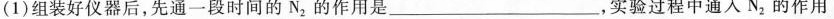
(1)组装好仪器后，先通一段时间的N_{2}的作用是___，实验过程中通人N_{2}的作用